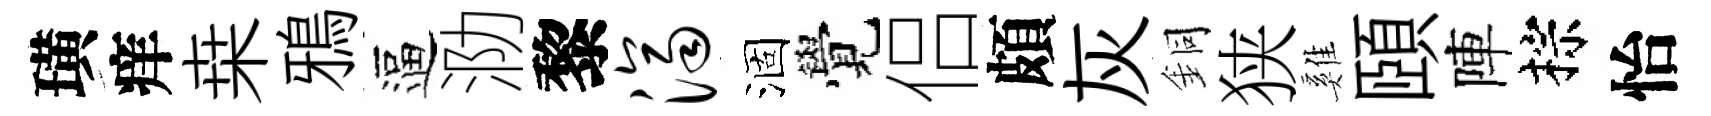
璜痒桒鴉逼泐黎济涸覺侣頗灰銅狭雞頤陣棕怡